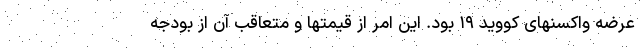
عرضه واکسنهای کووید ۱۹ بود. این امر از قیمتها و متعاقب آن از بودجه